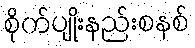
စိုက်ပျိုးနည်းစနစ်